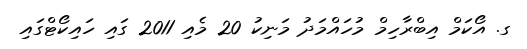
ގ. އޯކަމް އިބްރާހިމް މުހައްމަދު މަނިކު 20 މެއި 2011 ގައި ހައިކޯޓްގައި